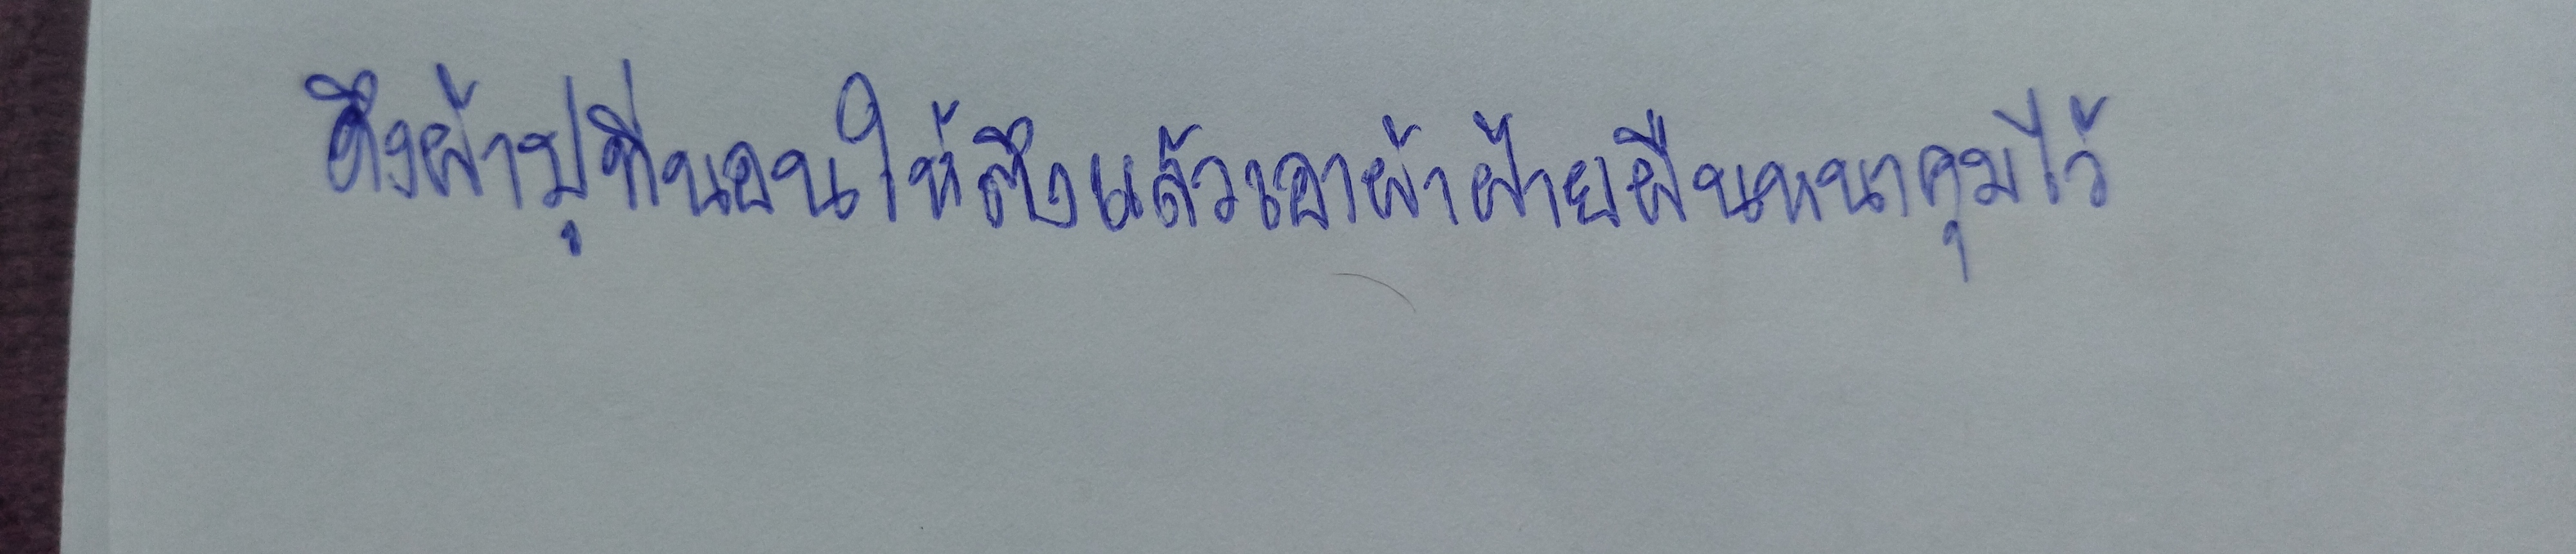
ดึงผ้าปูที่นอนให้ตึงแล้วเอาผ้าฝ้ายผืนหนาคลุมไว้